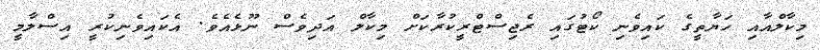
މިކާލްއާއި ހަޔާތީގެ ކައިވެނި ކޯޓުގައި ރެޖިސްޓްރީކުރާކަށް މިކާލް އަދިވެސް ނޫޅެއެވެ. އެކައިވެނިކުރީ އިސްލާމީ